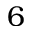
6